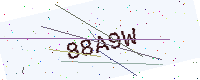
Text: 88A9W